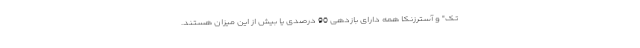
تک" و آسترزنکا همه دارای بازدهی 90 درصدی یا بیش از این میزان هستند.